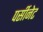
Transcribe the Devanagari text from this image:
पर्सीनेट